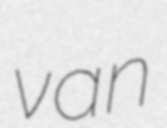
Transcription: van